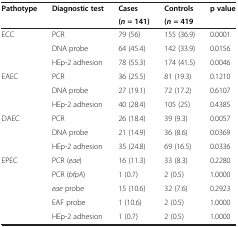
<table><thead><tr><td><b>Pathotype</b></td><td><b>Diagnostic test</b></td><td><b>Cases</b></td><td><b>Controls</b></td><td><b>p value</b></td></tr><tr><td><b> </b></td><td><b> </b></td><td><b>(<i>n </i>= 141)</b></td><td><b>(<i>n </i>= 419</b></td><td><b> </b></td></tr></thead><tbody><tr><td rowspan="3">ECC</td><td>PCR</td><td>79 (56)</td><td>155 (36.9)</td><td>0.0001</td></tr><tr><td>DNA probe</td><td>64 (45.4)</td><td>142 (33.9)</td><td>0.0156</td></tr><tr><td>HEp-2 adhesion</td><td>78 (55.3)</td><td>174 (41.5)</td><td>0.0046</td></tr><tr><td rowspan="3">EAEC</td><td>PCR</td><td>36 (25.5)</td><td>81 (19.3)</td><td>0.1210</td></tr><tr><td>DNA probe</td><td>27 (19.1)</td><td>72 (17.2)</td><td>0.6107</td></tr><tr><td>HEp-2 adhesion</td><td>40 (28.4)</td><td>105 (25)</td><td>0.4385</td></tr><tr><td rowspan="3">DAEC</td><td>PCR</td><td>26 (18.4)</td><td>39 (9.3)</td><td>0.0057</td></tr><tr><td>DNA probe</td><td>21 (14.9)</td><td>36 (8.6)</td><td>0.0369</td></tr><tr><td>HEp-2 adhesion</td><td>35 (24.8)</td><td>69 (16.5)</td><td>0.0336</td></tr><tr><td rowspan="4">EPEC</td><td>PCR (<i>eae</i>)</td><td>16 (11.3)</td><td>33 (8.3)</td><td>0.2280</td></tr><tr><td>PCR (<i>bfpA</i>)</td><td>1 (0.7)</td><td>2 (0.5)</td><td>1.0000</td></tr><tr><td><i>eae</i> probe</td><td>15 (10.6)</td><td>32 (7.6)</td><td>0.2923</td></tr><tr><td>EAF probe</td><td>1 (10.6)</td><td>2 (0.5)</td><td>1.0000</td></tr><tr><td> </td><td>HEp-2 adhesion</td><td>1 (0.7)</td><td>2 (0.5)</td><td>1.0000</td></tr></tbody></table>